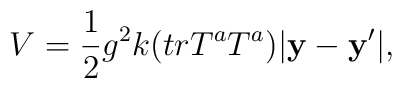
V = \frac{1}{2}g^2 k(trT^a T^a )|\bf y - {\bf y^\prime} |,